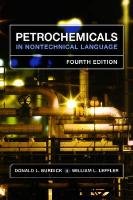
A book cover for Petrochemicals in Nontechnical Language; Donald L. Burdick; Engineering & Transportation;